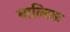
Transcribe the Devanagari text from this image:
बाल्‍टिक